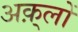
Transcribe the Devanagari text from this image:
अक़्लों